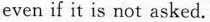
even if it is not asked.